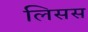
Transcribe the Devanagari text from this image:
लिसस